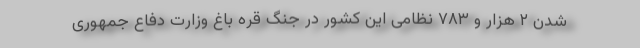
شدن ۲ هزار و ۷۸۳ نظامی این کشور در جنگ قره باغ وزارت دفاع جمهوری